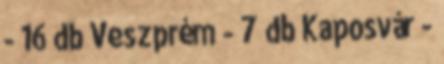
- 16 db Veszprém - 7 db Kaposvár -